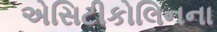
એસિટીકોલિનના